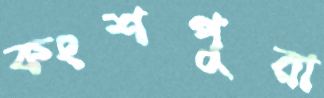
কংশপুরা